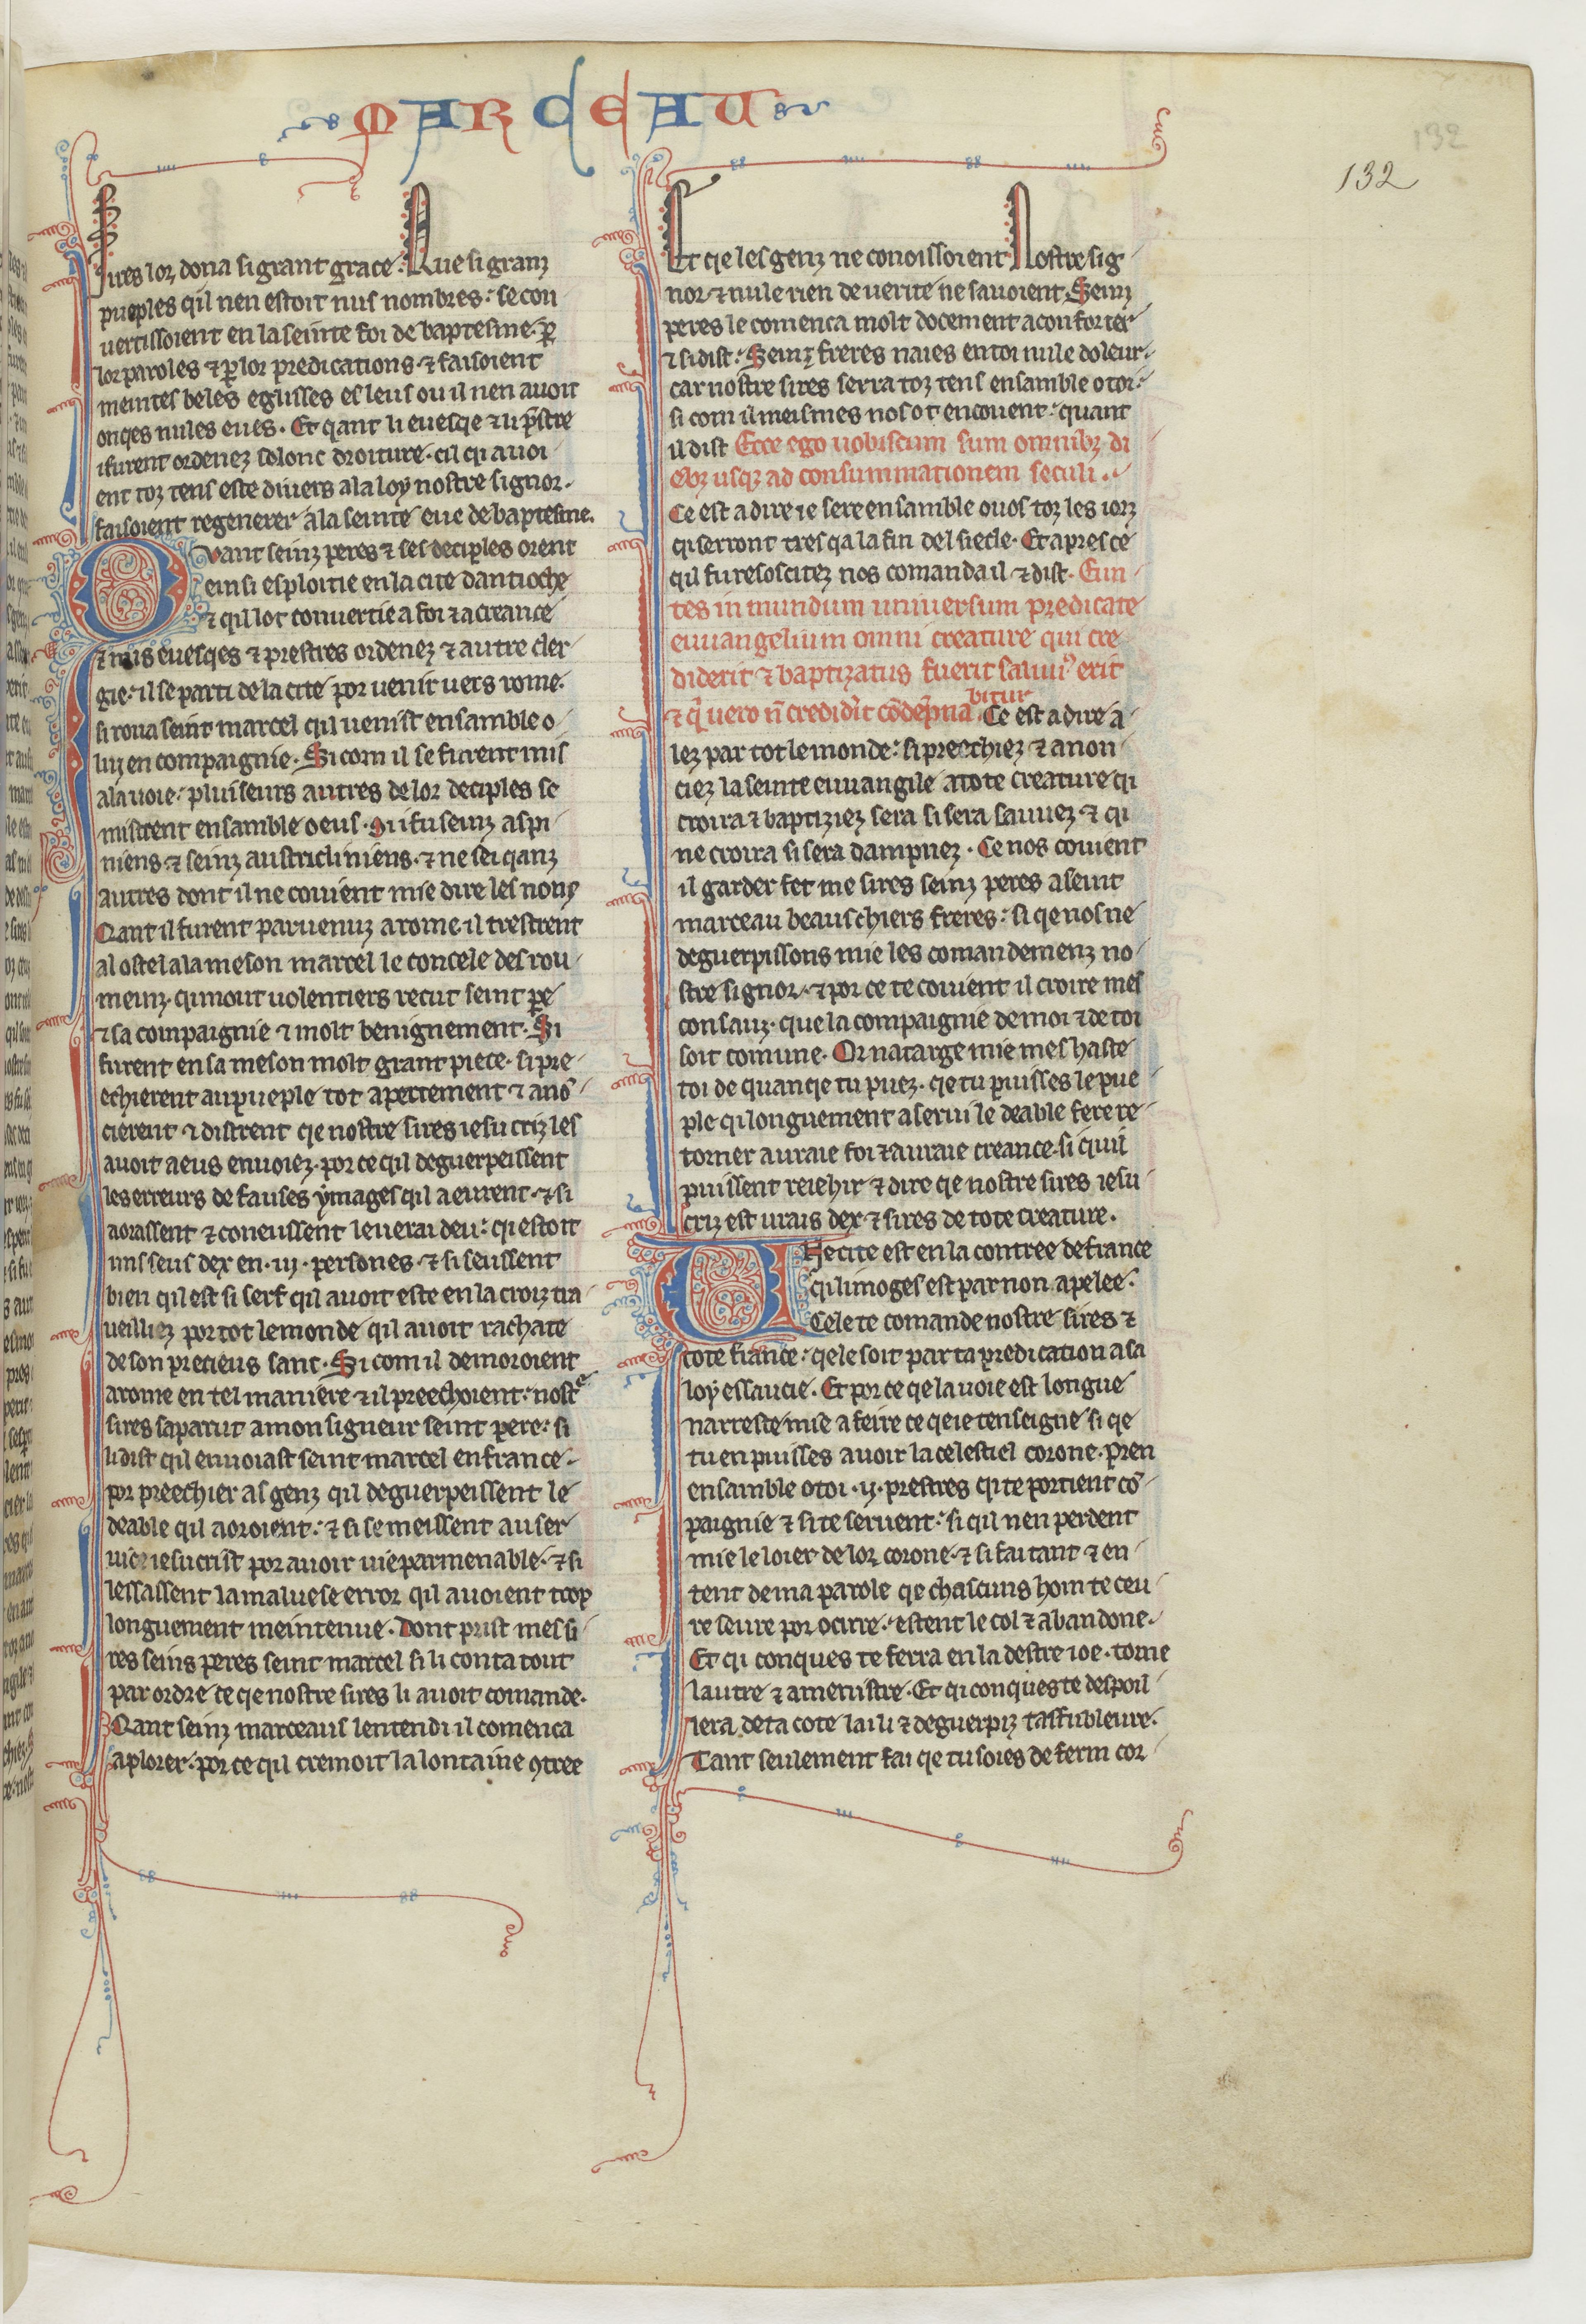
Shelfmark: Paris, BnF, fr. 412
Century: 13